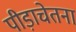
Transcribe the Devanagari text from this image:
पीड़ाचेतना